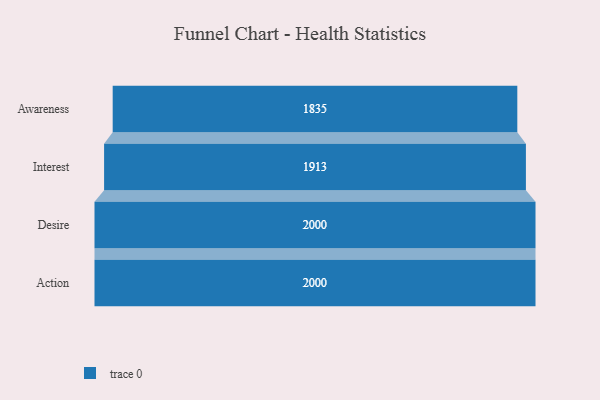
{"axis": {"x": "Stage", "y": "Value"}, "legend": [""], "data": [{"x": "Awareness", "y": 1835.0, "type": ""}, {"x": "Interest", "y": 1913.0, "type": ""}, {"x": "Desire", "y": 2000, "type": ""}, {"x": "Action", "y": 2000, "type": ""}]}